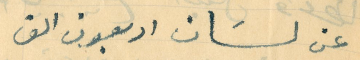
عن لسَان اربعون الف